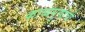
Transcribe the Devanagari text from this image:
काव्यगुणांची